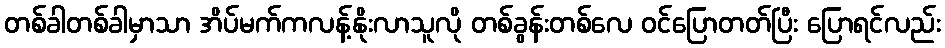
တစ်ခါတစ်ခါမှာသာ အိပ်မက်ကလန့်နိုးလာသူလို တစ်ခွန်းတစ်လေ ဝင်ပြောတတ်ပြီး ပြောရင်လည်း